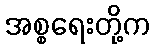
အစ္စရေးတို့က